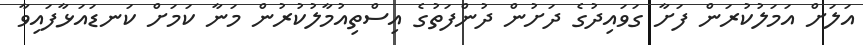
އަލަށް އަމަލުކުރަން ފަށާ ގަވައިދުގެ ދަށުން ދުންފަތުގެ އިސްތިއުމާލުކުރުން މަނާ ކަމަށް ކަނޑައަޅާފައިވާ